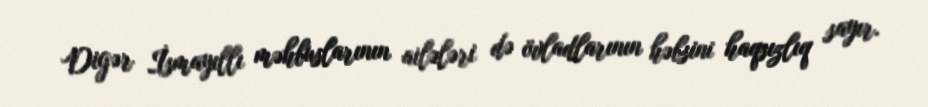
Digər İsmayıllı məhbuslarının ailələri də övladlarının həbsini haqsızlıq sayır.